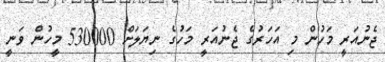
ޖެނުއަރީ މަހުން މި އަހަރުގެ ޖެނުއަރީ މަހުގެ ނިޔަލަށް 530000 މީހުން ވަނީ